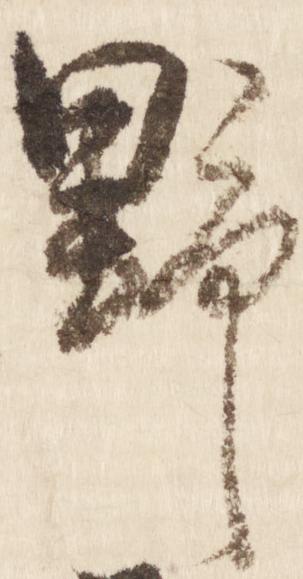
野